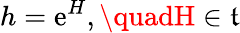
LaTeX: h=\mathrm{e}^{H},\quadH\in{\mathfrak{{t}}}